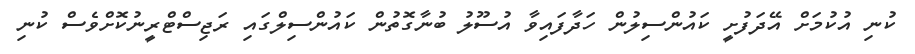
ކުނި އުކުމަށް އޭދަފުށީ ކައުންސިލުން ހަދާފައިވާ އުސޫލު ބުނާގޮތުން ކައުންސިލްގައި ރަޖިސްޓްރީނުކޮށްވެސް ކުނި